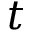
t